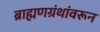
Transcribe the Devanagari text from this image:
ब्राह्मणग्रंथांवरून